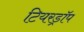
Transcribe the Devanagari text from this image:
टियरड्रॉप